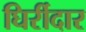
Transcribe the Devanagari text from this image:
घिर्रीदार